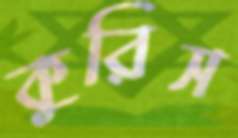
কুরিস